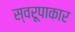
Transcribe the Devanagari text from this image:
स्वरूपाकार